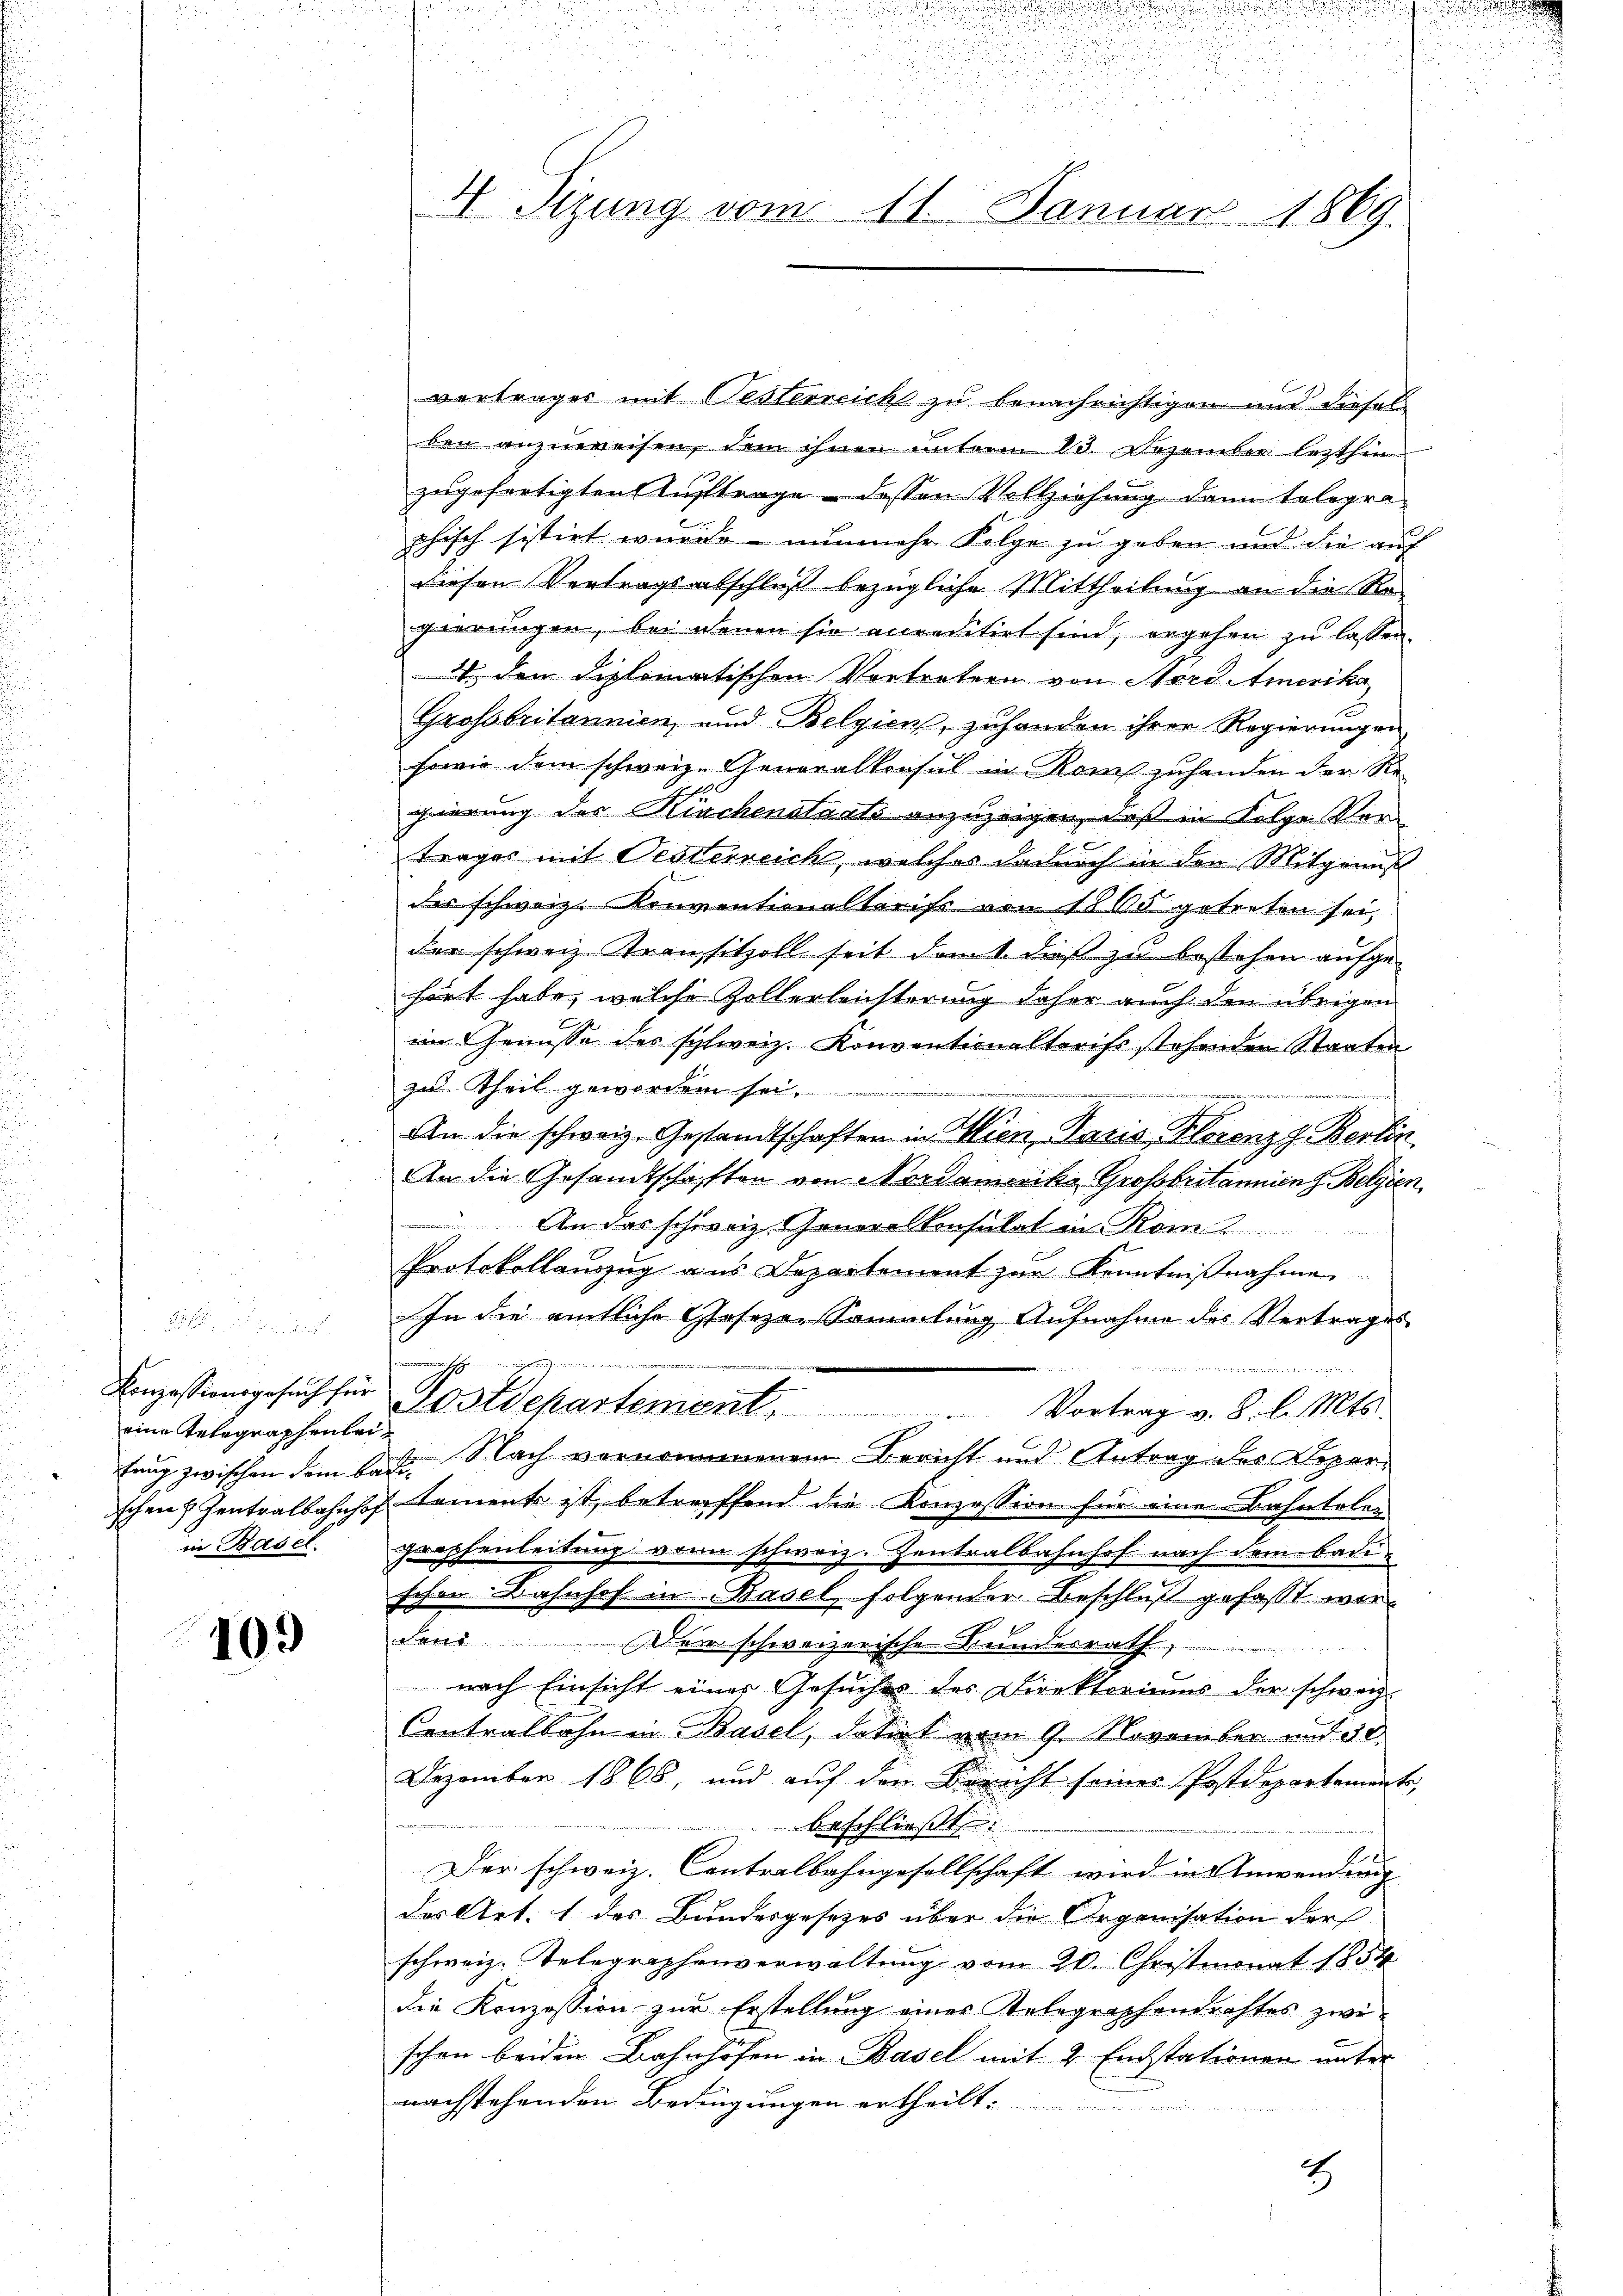
8
eine Telegraphenleiin Basel.

109

e
e

4
4 Sizung vom 11. Januar 1869.

n

e

vertrages mit Oesterreicht zu benachrichtigen und dieses
ben anzuweisen, dem ihnen unterm 10. Dezember lezthin
zugefertigten Auftrage - dessen Vollziehung dann telegraphisch sistirt wurde nunmehr Folge zu geben und die auf
diesen Vertragsabschluß bezügliche Mittheilung an die Re-
gierungen, bei denen sie anreditirt sind, ergehen zu lassen.
 den diplomatischen Vortretern von Nerd Amerika
Grossbritannien, und Belgien, zuhanden ihrer Regierungen
sowie dem schweiz. Generalkonsul in Rom zuhanden der Re
gierung des Kirchenstants anzuzeigen, daß in Folge Vortrages mit Oesterreich, welches dadurch in den Mitgrund
der schweiz. Konventionaltarifs von 1865 getreten sei,
der schweiz. Kransitzoll seit dem dieß zu bestehen aufgehört habe, welche Zollerleichterung daher auch den übrigen
im Genüsse des schweiz. Konventionalterist stehenden Staaten
zu Theil geworden sei.
itrit
An die schweiz. Gestandtschaften in Wien, Paris, Florenzg. Berlin
An die Gesandtschaften von Nordamerika Großbritannienz Belgien,
An das schweiz. Generalkonsulat in Rom
Protokollanzug aus Departement zur Kenntniβnahme
In die amtliche Geseze Sammlung Aufnahme des Vertrages
Angstungesuchen Postdepartement                    Vortrag v. 8. d. Mts.
C
fung zwischen dem lat. Nach vernommenen Bericht und Antrag der Deparischen Zentralbahnhof kaments ist, betreffend die Konzession für eine Bahntelen
grophenleitung von schweiz. Zentralbahnhof nach dem Badischon Bahnhof in Basel, folgender Beschluß gefasst wore
Der schweizerische Bundesrath,
nach Einsicht einer Gesuches des Direktoriums der schweiz.
Centralbahn in Basel, datirt vom 9. November und 50.
Dezember 1868, und auf den Bericht seines Postdepartemente,
Beschlüss
Der schweiz. Contralbahngesellschaft wird in Anwendung
des Art. 1 des Bundesgesetzes über die Organisation der
schweiz. Telegraphenverwaltung vom 20. Christmonat 1854
die Konzession zur Erstellung eines Telegraphendrohtes zwi-
schon beiden Bahnhöfen in Basel mit 2 Endstationen unter
nachstehenden Bedingungen ertheilt.
2

.
e